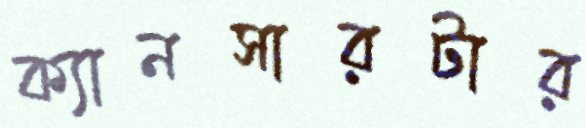
ক্যানসারটার